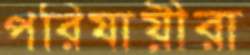
পরিযায়ীরা